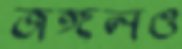
জঙ্গলও